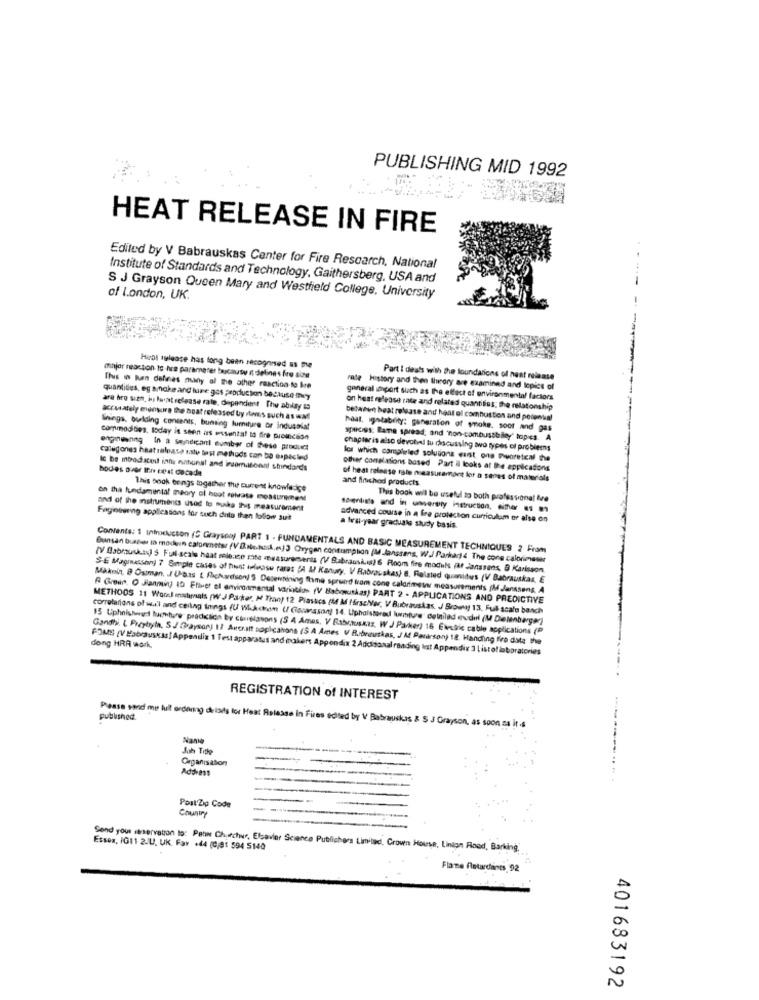
PUBLISHING MID 1992
HEAT RELEASE IN FIRE
Edited by V Babrauskas Center for Fire Rescarch, National
Institute of Standards and Technology, Gaithersberg, USA and
of london, UK.
S J Grayson Queen Mary and Westfield College, University
Heat tulease has long been recognised as the
major neaction to hra parameter because i detine s fire size
Part I des's with the foundations of heat release
This w kan defines many of the ather raaction to bre
rate History and then Ihrory are examined and lepics of
quantities, eg smoke and luse gas production because =y
general impart such as the effect of environmental factors
ara hro sizn, ku luat release rate, dependent Thu abilay ts
on heat release rate and related quantities; the relationship
accurately ensure the boat released by stems such as wall
between heat release and heat ol combustion and potential
Wnings. bulding contents, bunting furniture or indusslat
haat, igotabrity: generation of smoke. soor and gas
commodities, today is seen as essental to fire proincion
species; Bame spread, and non-combustibiley" topes. A
engmeaning In a seindicanl number of these product
chapter is also devolial lu discussing two types of problems
calegones haat release sstu test methods can be expected
los which compiled solutions eat ons muoreteal the
Ic be mbradacoit intu natural and inuomaisonat shindards
bodes over Ihre est cocade
other conelations based Part i looks at the applications
of heat release rale measuramare lor a sones of materials
and finished products
This book brings together the current knowledge
on tha fundamental theory of hout retrase measureeen
This book will be useful to both professional Ize
and of the instruments used to make Suis measurement
Fagionsning applications for such duto then follow sut
advanced course in a fire protection curriculum or aise on
a tral-year graduale study basis
Contents: 1 Introduction (5 Grayson) PART 1 - FUNDAMENTALS AND BASIC MEASUREMENT TECHNIQUES 2 From
Bunsan bussen to modein calormeter (V [3abs.Nack,e)3 Orygen consumption (M Janssens, W.J Parkar) 4 The cone calorimsser
(V Babruska) S Full-scale haat release mate measurements (V Bubrausiis) 6 Rooms fire moduls Faf Janssens, @ Karisson.
SE Magmassony 7 Simple cases of hunt ilmasu rares "A Al Kanry, V Rabrauskas) . Felsted quanidus (V Babrauskas, E
Maknin, 8 Ostman, J Ubs [ Richardson) $ Desewining Ihme spruird tom cone caldrimese measurements (M Janssens, A
A Grown. O Janming 10 Friver of environmental variations (V Babonushas) PART 2 - APPLICATIONS AND PREDICTIVE
METHODS 11 Wool enstrals (WJ Parker, M Tran) 12 Piastcs (M M HirseNar, V Bubrauskas, J Broway 13, Ful scafo banch
correlations of wall and ceitng tnings (U Wacom (/ Coransson) 14. Upholstered unture" detailed eudul (M Delenberger)
15 Uphishead lumture pradition by Correiasons (S 4 Ames, V Rabrauskaz, H J Parker) 16 Electric cable applications (P
Gandhi, L Przybyla, S.J Graysony 17 Averaatt soplicahons (S A Ames V Bu brautkas, J At Paterson) 18. Handling firo data the
dong HRA work.
FOMS (V Mabrauskas] Appendix 1 Test apparatus and mokers Appendix 2 Addisonal reading list Appendix 3 Listof laboratories
REGISTRATION of INTEREST
published.
Please send me hill ordering details for Heat Relasse in Fires edited by V Babrauskas & S J Grayson, as soon as it's
Nanie
Jah Title
Organisation
Address
Country
Post'Zip Code
Essex, IG11 2JU, UK Far +44 (C/81 594 5140
Send your reservation to: Paw Churchur, Elsevier Science Publishers Limited, Crown House, Linign Food, Barking.
Flamme Retardants 92
401683192